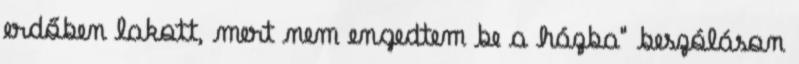
erdőben lakott, mert nem engedtem be a házba" beszóláson